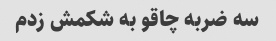
سه ضربه چاقو به شکمش زدم